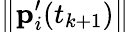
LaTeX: \left\| \mathbf{p}_{i}^{\prime}(t_{k+1})\right\|